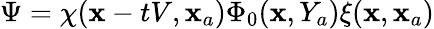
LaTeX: \Psi=\chi(\mathbf{x}-tV,\mathbf{x}_{a})\Phi_{0}(\mathbf{x},Y_{a})\xi(\mathbf{x},\mathbf{x}_{a})